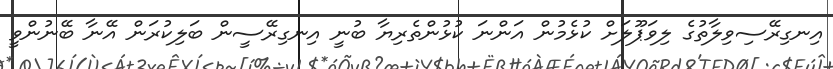
އިނގިރޭސިވިލާތުގެ ލިވަޕޫލަށް ކުޅެމުން އަންނަ ކުޅުންތެރިޔާ ބުނީ އިނގިރޭސީން ބަލިކުރަން އޭނާ ބޭނުންވީ